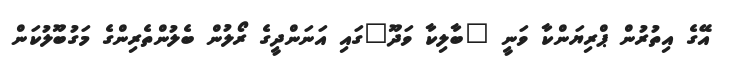
އޭގެ އިތުރުން ޕްރިޔަންކާ ވަނީ "ބާލިކާ ވަދޫ"ގައި އަނަންދީގެ ރޯލުން ބެލުންތެރިންގެ މަގުބޫލުކަން